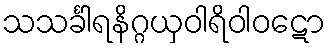
သသင်္ခါရနိဂ္ဂယှဝါရိဝါဝဋော